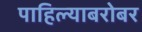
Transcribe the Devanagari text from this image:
पाहिल्याबरोबर